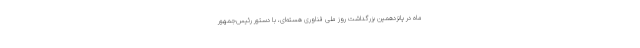
ماه در پانزدهمین بزرگداشت روز ملی فناوری هسته‌ای، با دستور رئیس‌جمهور